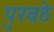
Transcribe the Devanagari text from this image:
पुरवठे